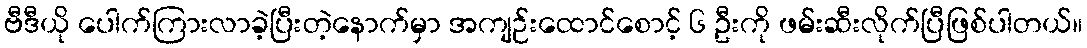
ဗီဒီယို ပေါက်ကြားလာခဲ့ပြီးတဲ့နောက်မှာ အကျဉ်းထောင်စောင့် ၆ ဦးကို ဖမ်းဆီးလိုက်ပြီဖြစ်ပါတယ်။